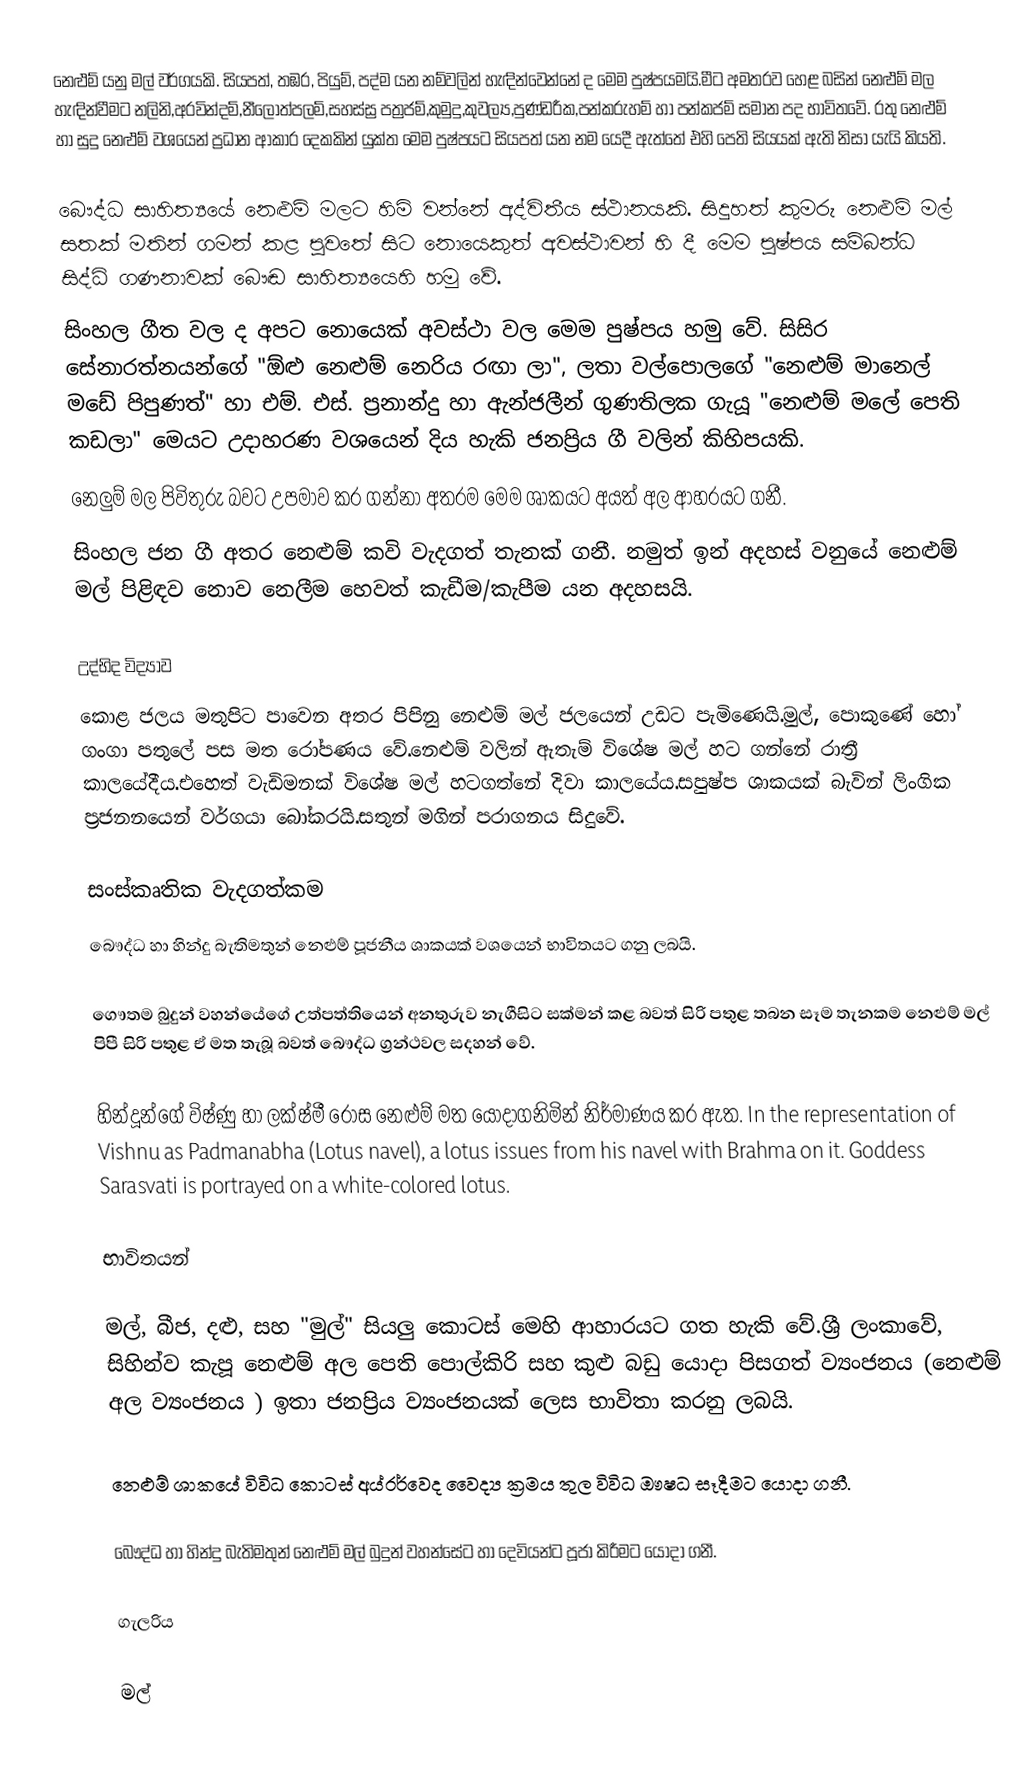
නෙළුම් යනු මල් වර්ගයකි. සියපත්, තඹර, පියුම්, පද්ම යන නම්වලින් හැඳින්වෙන්නේ ද මෙම පුෂ්පයමයි.මීට අමතරව හෙළ බසින් නෙළුම් මල හැඳින්වීමට නලිනි,අරවින්දම්,නීලෝත්පලම්,සහස්ස්‍ර පත්‍රජම්,කුමුදු,කුවල්‍ය,පුණ්ඩරීක,පන්කරුහම් හා පන්කජම් සමාන පද භාවිතවේ. රතු නෙළුම් හා සුදු නෙළුම් වශයෙන් ප්‍රධාන ආකාර දෙකකින් යුක්ත මෙම පුෂ්පයට සියපත් යන නම යෙදී ඇත්තේ එහි පෙති සියයක් ඇති නිසා යැයි කියති.

බෞද්ධ සාහිත්‍යයේ නෙළුම් මලට හිමි වන්නේ අද්විතීය ස්ථානයකි. සිදුහත් කුමරු නෙළුම් මල් සතක් මතින් ගමන් කළ පුවතේ සිට නොයෙකුත් අවස්ථාවන් හි දී මෙම පුෂ්පය සම්බන්ධ සිද්ධි ගණනාවක් බෞඬ සාහිත්‍යයෙහි හමු වේ.
සිංහල ගීත වල ද අපට නොයෙක් අවස්ථා වල මෙම පුෂ්පය හමු වේ. සිසිර සේනාරත්නයන්ගේ "ඕළු නෙළුම් නෙරිය රඟා ලා", ලතා වල්පොලගේ "නෙළුම් මානෙල් මඩේ පිපුණත්" හා එම්. එස්. ප්‍රනාන්දු හා ඇන්ජලීන් ගුණතිලක ගැයූ "නෙළුම් මලේ පෙති කඩලා" මෙයට උදාහරණ වශයෙන් දිය හැකි ජනප්‍රිය ගී වලින් කිහිපයකි.
නෙලුම් මල පිවිතුරු බවට උපමාව කර ගන්නා අතරම මෙම ශාකයට අයත් අල ආහරයට ගනී.
සිංහල ජන ගී අතර නෙළුම් කවි වැදගත් තැනක් ගනී. නමුත් ඉන් අදහස් වනුයේ නෙළුම් මල් පිළිඳව නොව නෙලීම හෙවත් කැඩීම/කැපීම යන අදහසයි.

උද්භිද විද්‍යාව
කොළ ජලය මතුපිට පාවෙන අතර පිපිනු නෙළුම් මල් ජලයෙන් උඩට පැමිණෙයි.මුල්, පොකුණේ හෝ ගංගා පතුලේ පස මත රෝපණය වේ.නෙළුම් වලින් ඇතැම් විශේෂ මල් හට ගන්නේ රාත්‍රී කාලයේදීය.එහෙත් වැඩිමනක් විශේෂ මල් හටගත්නේ දිවා කාලයේය.සපුෂ්ප ශාකයක් බැවින් ලිංගික ප්‍රජනනයෙන් වර්ගයා බෝකරයි.සතුන් මගින් පරාගනය සිදුවේ.

සංස්කෘතික වැදගත්කම
බෞද්ධ හා හින්දු බැතිමතුන් නෙළුම් පූජනීය ශාකයක් වශයෙන් භාවිතයට ගනු ලබයි.

ගෞතම බුදුන් වහන්යේගේ උත්පත්තියෙන් අනතුරුව නැගීසිට සක්මන් කළ බවත් සිරි පතුළ තබන සෑම තැනකම නෙළුම් මල් පිපී සිරි පතුළ ඒ මත තැබූ බවත් බෞද්ධ ග්‍රන්ථවල සදහන් වේ.

හින්දූන්ගේ විෂ්ණු හා ලක්ෂ්මී රෝස නෙළුම් මත යෝදාගනිමින් නිර්මාණය කර ඇත. In the representation of Vishnu as Padmanabha (Lotus navel), a lotus issues from his navel with Brahma on it. Goddess Sarasvati is portrayed on a white-colored lotus.

භාවිතයන්

මල්, බීජ, දළු, සහ "මුල්" සියලු කොටස් මෙහි ආහාරයට ගත හැකි වේ.ශ්‍රී ලංකාවේ, සිහින්ව කැපූ නෙළුම් අල පෙති පොල්කිරි සහ කුළු බඩු යොදා පිසගත් ව්‍යංජනය (නෙළුම් අල ව්‍යංජනය ) ඉතා ජනප්‍රිය ව්‍යංජනයක් ලෙස භාවිතා කරනු ලබයි.

නෙළුම් ශාකයේ විවිධ කොටස් අය්‍රර්වෙද වෛද්‍ය ක්‍රමය තුල විවිධ ඖෂධ සෑදීමට යොදා ගනී.

බෞද්ධ හා හින්දු බැතිමතුන් නෙළුම් මල් බුදුන් වහන්සේට හා දෙවියන්ට පූජා කිරීමට යොදා ගනී.

ගැලරිය

මල්